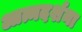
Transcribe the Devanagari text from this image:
आत्मदर्शना